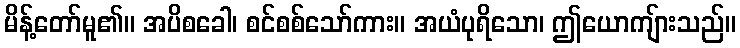
မိန့်တော်မူ၏။ အပိစခေါ၊ စင်စစ်သော်ကား။ အယံပုရိသော၊ ဤယောကျ်ားသည်။